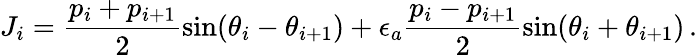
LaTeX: J_{i}=\frac{p_{i}+p_{i+1}}{2}\sin(\theta_{i}-\theta_{i+1})+\epsilon_{a}\frac{p_{i}-p_{i+1}}{2}\sin(\theta_{i}+\theta_{i+1})\, .